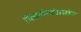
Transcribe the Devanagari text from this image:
चित्रमीमांसाखंडन